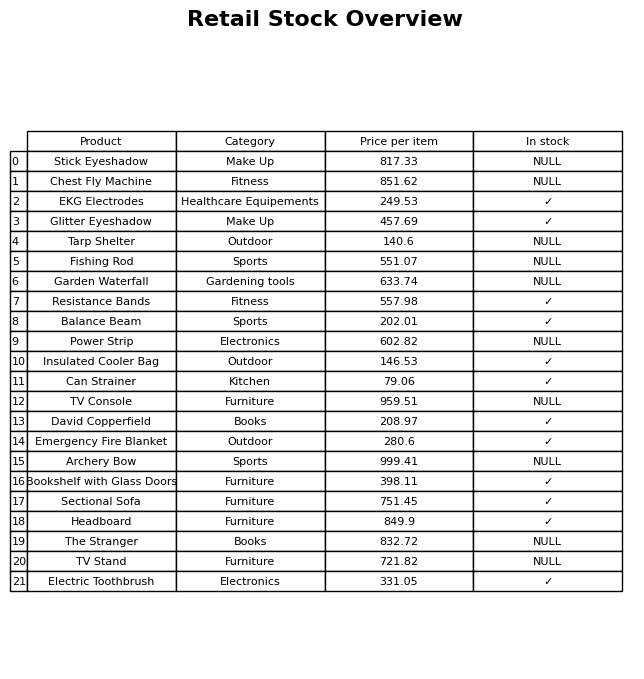
question: What is the stock status of the Archery Bow?
answer: NULL